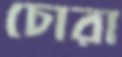
চোরা